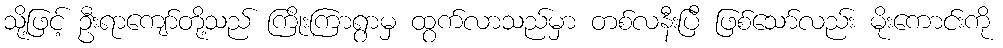
သို့ဖြင့် ဦးရာကျော်တို့သည် ကြိုးကြာရွာမှ ထွက်လာသည်မှာ တစ်လနီးပြီ ဖြစ်သော်လည်း မိုးကောင်းကို